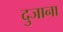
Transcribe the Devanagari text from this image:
दुजाना